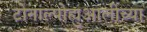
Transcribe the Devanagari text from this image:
टोनाल्पोह्युआलीच्या